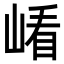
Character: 𡺗